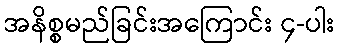
အနိစ္စမည်ခြင်းအကြောင်း ၄-ပါး